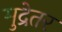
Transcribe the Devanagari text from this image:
मुद्रेतर